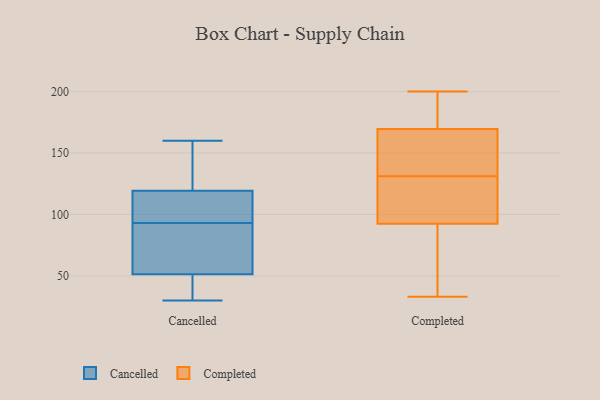
{"axis": {"x": "Gross Profit (USD K)", "y": "Value"}, "legend": ["Cancelled", "Completed"], "data": [{"x": "", "y": 108, "type": "Cancelled"}, {"x": "", "y": 95, "type": "Cancelled"}, {"x": "", "y": 98, "type": "Cancelled"}, {"x": "", "y": 144, "type": "Cancelled"}, {"x": "", "y": 93, "type": "Cancelled"}, {"x": "", "y": 61, "type": "Cancelled"}, {"x": "", "y": 51, "type": "Cancelled"}, {"x": "", "y": 30, "type": "Cancelled"}, {"x": "", "y": 134, "type": "Cancelled"}, {"x": "", "y": 45, "type": "Cancelled"}, {"x": "", "y": 39, "type": "Cancelled"}, {"x": "", "y": 85, "type": "Cancelled"}, {"x": "", "y": 123, "type": "Cancelled"}, {"x": "", "y": 160, "type": "Cancelled"}, {"x": "", "y": 52, "type": "Cancelled"}, {"x": "", "y": 200, "type": "Completed"}, {"x": "", "y": 184, "type": "Completed"}, {"x": "", "y": 100, "type": "Completed"}, {"x": "", "y": 139, "type": "Completed"}, {"x": "", "y": 183, "type": "Completed"}, {"x": "", "y": 156, "type": "Completed"}, {"x": "", "y": 125, "type": "Completed"}, {"x": "", "y": 85, "type": "Completed"}, {"x": "", "y": 79, "type": "Completed"}, {"x": "", "y": 107, "type": "Completed"}, {"x": "", "y": 137, "type": "Completed"}, {"x": "", "y": 189, "type": "Completed"}, {"x": "", "y": 61, "type": "Completed"}, {"x": "", "y": 110, "type": "Completed"}, {"x": "", "y": 33, "type": "Completed"}, {"x": "", "y": 138, "type": "Completed"}]}